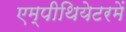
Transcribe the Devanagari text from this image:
एम्पीथियेटरमें